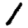
Digit: 1